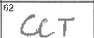
Transcription: CCT